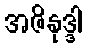
အဇိနုဒ္ဒါ